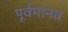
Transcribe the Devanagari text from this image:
पूर्वमानव